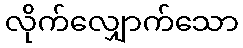
လိုက်လျှောက်သော